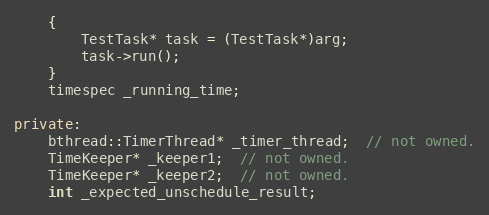
Language: C++
    {
        TestTask* task = (TestTask*)arg;
        task->run();
    }
    timespec _running_time;

private:
    bthread::TimerThread* _timer_thread;  // not owned.
    TimeKeeper* _keeper1;  // not owned.
    TimeKeeper* _keeper2;  // not owned.
    int _expected_unschedule_result;